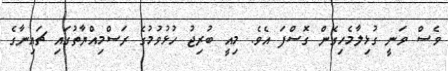
ވެސް ވަނީ ގުޅިލާމެހިގެން ގޮސްފަ އެވެ. މިއީ ބުރިޖު ހުޅުވުމުގެ ރަސްމިއްޔާތުގައި ޗައިނާގެ